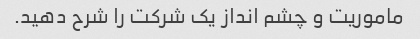
ماموریت و چشم انداز یک شرکت را شرح دهید.